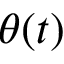
\theta ( t )